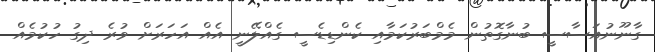
ގާނޫނުއަސާސީ ބުނާގޮތުން މެމްބަރުކަމާއި ކެންޑިޑެސީ ގެއްލޭނީ އެއް އަހަރަށް ވުރެ ދިގު ހުކުމެއް